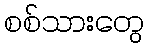
စစ်သားတွေ